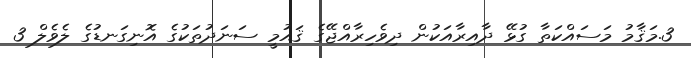
3.މަޤާމު މަސައްކަތާ ގުޅޭ ދާއިރާއަކުން ދިވެހިރާއްޖޭގެ ޤައުމީ ސަނަދުތަކުގެ އޮނިގަނޑުގެ ލެވެލް 3